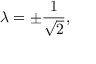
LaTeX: \lambda = \pm { \frac { 1 } { \sqrt { 2 } } } ,